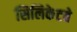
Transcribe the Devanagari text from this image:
सिलिकेटचे